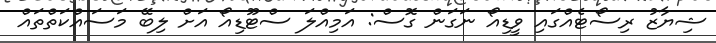
ޝިޔާޒު ރިސޯޓެއްގައި ވީޑިއޯ ނަގަން ގޮސް: އަމިއްލަ ސްޓޫޑިއޯ އަށް ލިބޭ މަސައްކަތްތައް